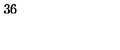
3 6